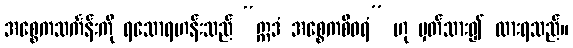
အစ္စေကသင်္ကန်းကို ရသောရဟန်းသည် “ဣဒံ အစ္စေကစီဝရံ” ဟု မှတ်သား၍ ထားရသည်။